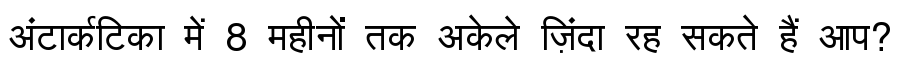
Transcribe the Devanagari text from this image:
अंटार्कटिका में 8 महीनों तक अकेले ज़िंदा रह सकते हैं आप?